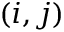
( i , j )